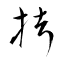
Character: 拷